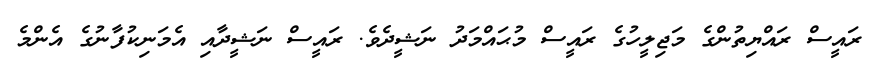
ރައީސް ރައްޔިތުންގެ މަޖިލީހުގެ ރައީސް މުޙައްމަދު ނަޝީދެވެ. ރައީސް ނަޝީދާއި އެމަނިކުފާނުގެ އެންމެ